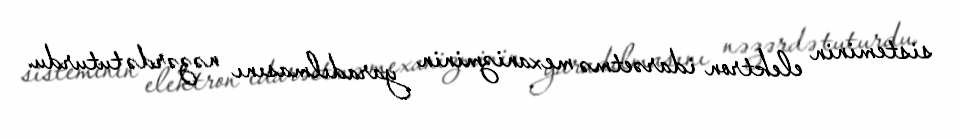
sisteminin elektron idarəetmə mexanizminin yaradılmasını nəzərdə tuturdu.